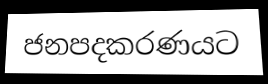
ජනපදකරණයට